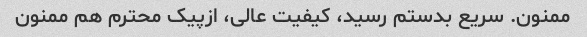
ممنون. سریع بدستم رسید، کیفیت عالی، ازپیک محترم هم ممنون